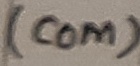
Text: (COM)